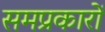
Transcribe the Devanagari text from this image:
समप्रकारों